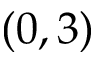
( 0 , 3 )